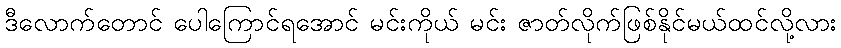
ဒီလောက်တောင် ပေါကြောင်ရအောင် မင်းကိုယ် မင်း ဇာတ်လိုက်ဖြစ်နိုင်မယ်ထင်လို့လား